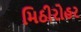
મિઠીરોહર